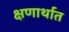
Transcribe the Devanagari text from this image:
क्षणार्थात